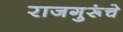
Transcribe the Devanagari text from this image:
राजगुरूंचे